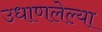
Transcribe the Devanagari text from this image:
उधाणलेल्‍या